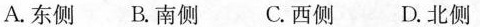
A.东侧 B.南侧 C.西侧 D.北侧